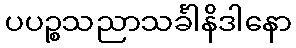
ပပဉ္စသညာသင်္ခါနိဒါနော